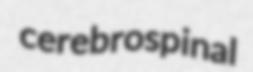
cerebrospinal